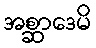
အစ္ဆာဒေမိ